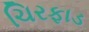
ચિરફાડ